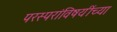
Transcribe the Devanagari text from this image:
परस्परांविषयींच्या